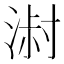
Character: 𰜓